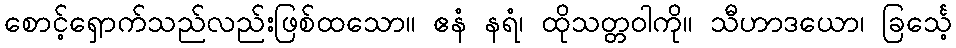
စောင့်ရှောက်သည်လည်းဖြစ်ထသော။ ဧနံ နရံ၊ ထိုသတ္တဝါကို။ သီဟာဒယော၊ ခြင်္သေ့